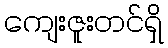
ကျေးဇူးတင်ရှိ